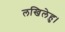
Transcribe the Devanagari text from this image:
लखिलेहु।